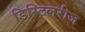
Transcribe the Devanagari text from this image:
डिस्टिलरीज